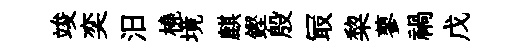
竣奕汨橈境麒鏗殷冣棃蓼禍戊